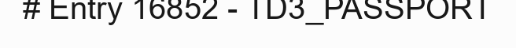
# Entry 16852 - TD3_PASSPORT